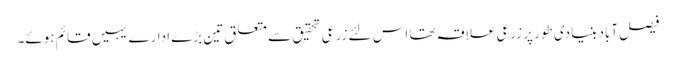
فیصل آباد بنیادی طور پر زرعی علاقہ تھا اس لئے زرعی تحقیق سے متعلق تین بڑے ادارے یہیں قائم ہوئے۔